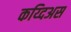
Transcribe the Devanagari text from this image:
कय्दिअस